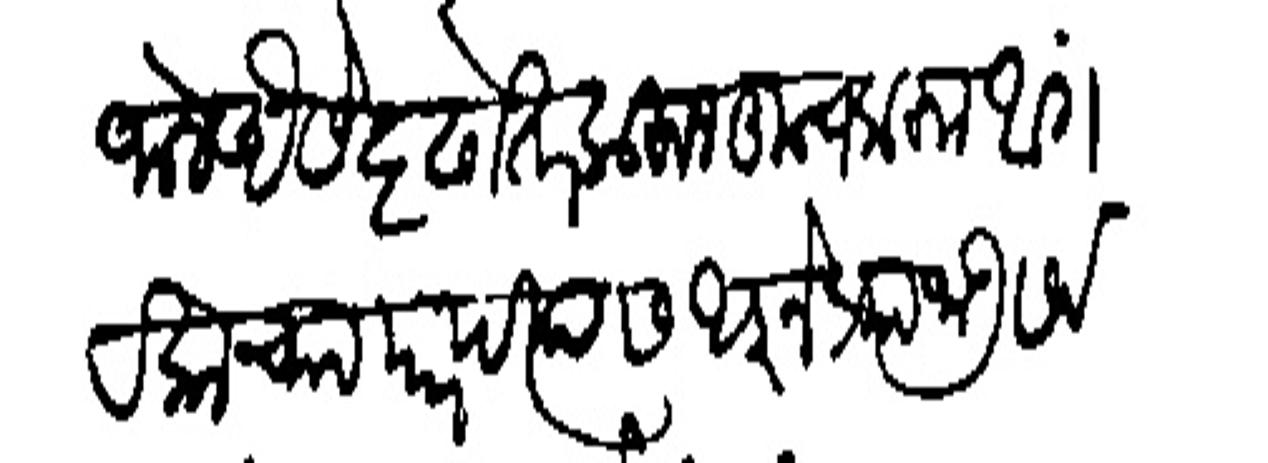
Transliteration (Devanagari): जाले ऐसे दृढोतर करन कूच करन आंगरकाच्या पारपत्यास आज्ञेप्राा जाऊ सर्व